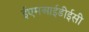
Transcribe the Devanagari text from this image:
ईएमआईडीईसी